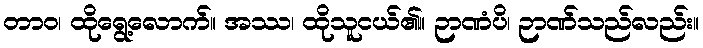
တာဝ၊ ထိုရွေ့လောက်။ အဿ၊ ထိုသူငယ်၏။ ဉာဏံပိ၊ ဉာဏ်သည်လည်း။